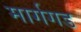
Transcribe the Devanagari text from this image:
मार्गगड